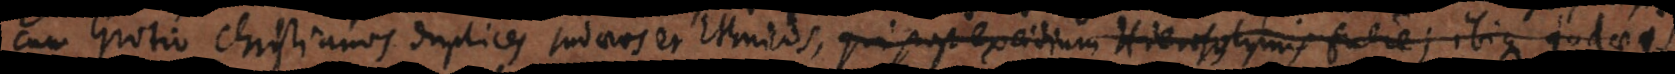
cum Grotio Christianos duplices Judaeos et Ethnicos, qui post excidium Hierosolymis fuere; ibique J